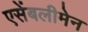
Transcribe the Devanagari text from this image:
एसेंबलीमेन